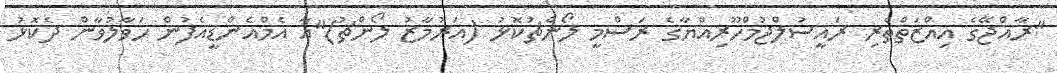
"ރާއްޖޭގެ އިއްޒަތްތެރި ރައީސުލްޖުމްހޫރިއްޔާގެ ރަސްމީ ލޯންޗުކޮޅު (އަރުމާޒު ލޯންޗު)"އާ އެމްއެންޑީއެފުން ހަވާލުވާން ދެކޮޅު